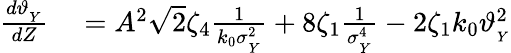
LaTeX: \begin{array}{rl}{\frac{d\vartheta_{_{Y}}}{dZ}}&{{}=A^{2}\sqrt{2}\zeta_{4}\frac{1}{k_{0}\sigma_{_Y}^{2}}+8\zeta_{1}\frac{1}{\sigma_{_Y}^{4}}-2\zeta_{1}k_{0}\vartheta_{_{Y}}^{2}}\end{array}